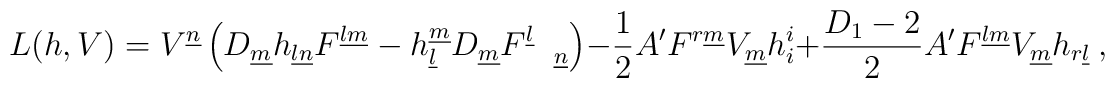
L(h,V)=V^{\underline n}\left(D_{\underline m}h_{\underline l \underline n}F^{\underline l\underline m} -h_{\underline l}^{\underline m}D_{\underline m}F^{\underline l}_{\quad \underline n}\right)-\frac{1}{2}A' F^{r \underline m}V_{\underline m}h_i^i+\frac{D_1-2}{2}A' F^{\underline l \underline m}V_{\underline m}h_{r\underline l}~,